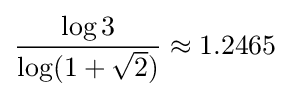
{\frac {\log 3}{{\log(1+{\sqrt {2}}})}}\approx 1.2465